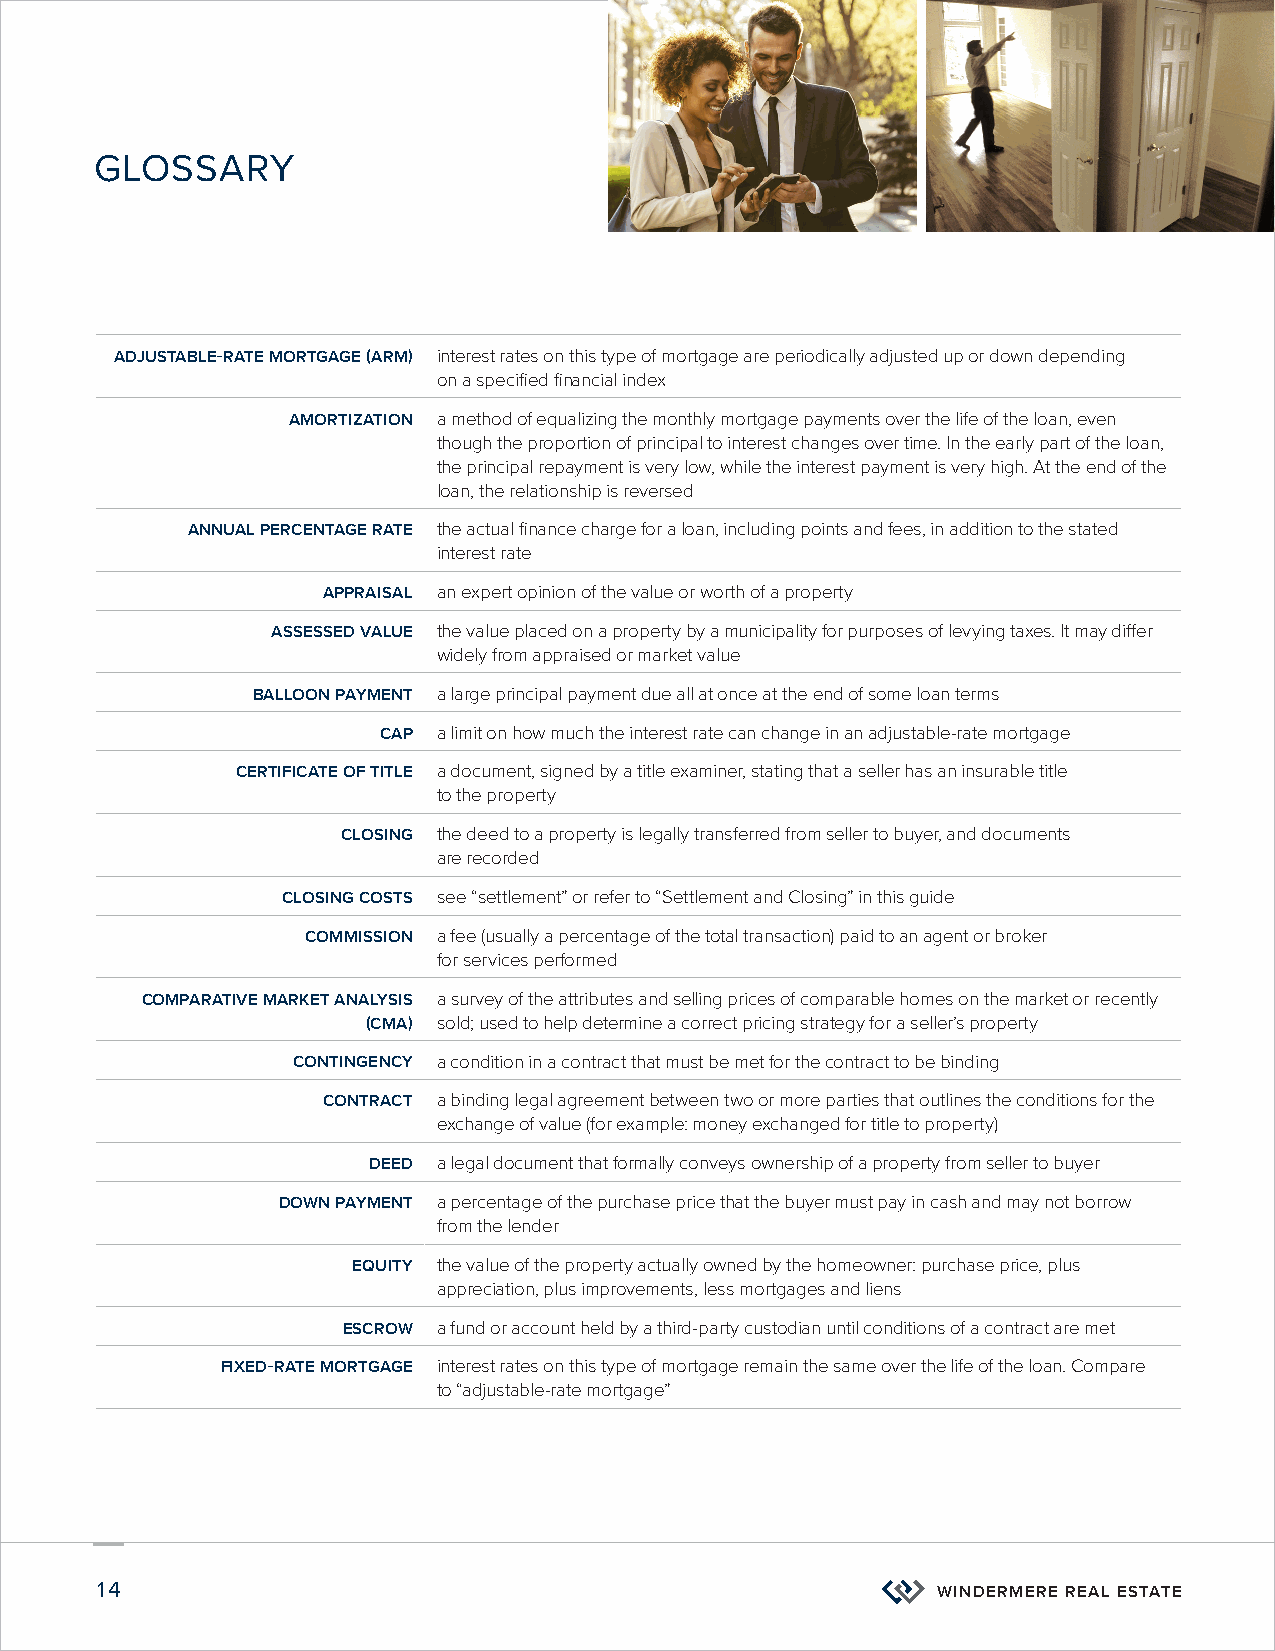
GLOSSARY
 ADJUSTABLE-RATE MORTGAGE (ARM) interest rates on this type of mortgage are periodically adjusted up or down depending
 on a specified financial index
 AMORTIZATION a method of equalizing the monthly mortgage payments over the life of the loan, even
 though the proportion of principal to interest changes over time. In the early part of the loan,
 the principal repayment is very low, while the interest payment is very high. At the end of the
 loan, the relationship is reversed
 ANNUAL PERCENTAGE RATE the actual finance charge for a loan, including points and fees, in addition to the stated
 interest rate
 APPRAISAL an expert opinion of the value or worth of a property
 ASSESSED VALUE the value placed on a property by a municipality for purposes of levying taxes. It may differ
 widely from appraised or market value
 BALLOON PAYMENT a large principal payment due all at once at the end of some loan terms
 CAP a limit on how much the interest rate can change in an adjustable-rate mortgage
 CERTIFICATE OF TITLE a document, signed by a title examiner, stating that a seller has an insurable title
 to the property
 CLOSING the deed to a property is legally transferred from seller to buyer, and documents
 are recorded
 CLOSING COSTS see “settlement” or refer to “Settlement and Closing” in this guide
 COMMISSION a fee (usually a percentage of the total transaction) paid to an agent or broker
 for services performed
 COMPARATIVE MARKET ANALYSIS a survey of the attributes and selling prices of comparable homes on the market or recently
 (CMA) sold; used to help determine a correct pricing strategy for a seller’s property
 CONTINGENCY a condition in a contract that must be met for the contract to be binding
 CONTRACT a binding legal agreement between two or more parties that outlines the conditions for the
 exchange of value (for example: money exchanged for title to property)
 DEED a legal document that formally conveys ownership of a property from seller to buyer
 DOWN PAYMENT a percentage of the purchase price that the buyer must pay in cash and may not borrow
 from the lender
 EQUITY the value of the property actually owned by the homeowner: purchase price, plus
 appreciation, plus improvements, less mortgages and liens
 ESCROW a fund or account held by a third-party custodian until conditions of a contract are met
 FIXED-RATE MORTGAGE interest rates on this type of mortgage remain the same over the life of the loan. Compare
 to “adjustable-rate mortgage”
 14                                                      WINDERMERE REAL ESTATE